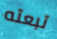
تبعته